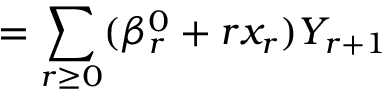
= \sum _ { r \ge 0 } ( \beta _ { r } ^ { 0 } + r x _ { r } ) Y _ { r + 1 }